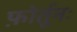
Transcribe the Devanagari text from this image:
फ़ोर्तूनः